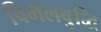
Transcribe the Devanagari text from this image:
विमलबुद्धि